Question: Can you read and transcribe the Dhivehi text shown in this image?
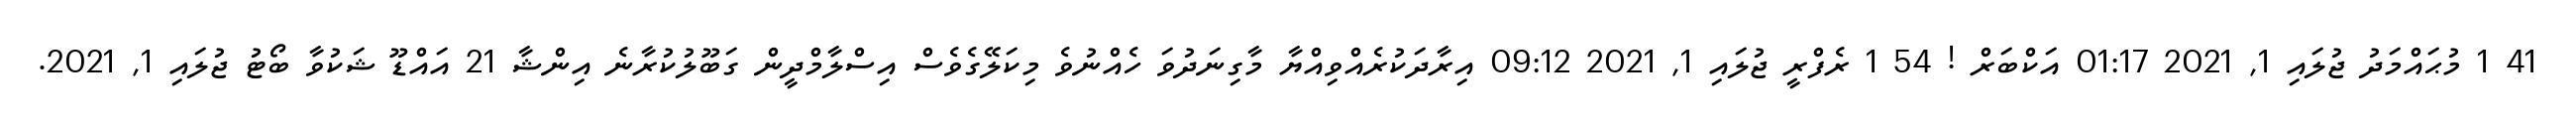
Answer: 41 1 މުޙައްމަދު ޖުލައި 1, 2021 01:17 އަކްބަރް ! 54 1 ރެފްރީ ޖުލައި 1, 2021 09:12 އިރާދަކުރެއްވިއްޔާ މާގިނަދުވަ ހެއްނުވެ މިކަލޭގެވެސް އިސްލާމްދީން ގަބޫލުކުރާނެ އިންޝާ 21 އައްޑޫ ޝަކުވާ ބޯޓު ޖުލައި 1, 2021.